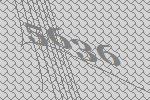
5636